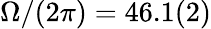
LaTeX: \Omega/(2\pi)=46.1(2)